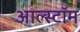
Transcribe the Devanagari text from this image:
आल्स्टॉम